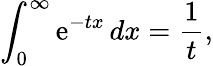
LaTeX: \int_{0}^{\infty}\mathrm{e}^{-tx}\, dx={\frac{{1}}{{t}}},